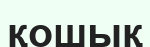
қошық